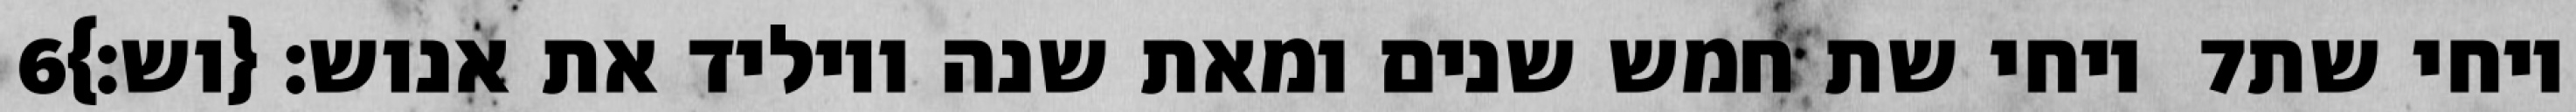
‎6‏ ויחי שת חמש שנים ומאת שנה ויוליד את אנוש׃ {וש׃} ‎7‏ ויחי שת